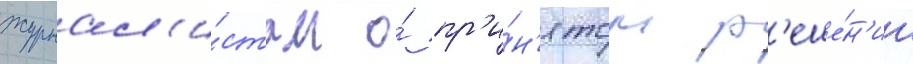
журнал'и́стам о́ пр'и́н'ятом р'еше́н'ии